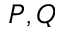
P , Q